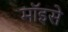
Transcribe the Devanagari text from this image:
मॉइसे